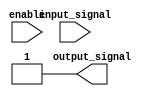
module push_pull_buffer (
    input enable,
    input input_signal,
    output reg output_signal
);

reg pull_up, pull_down;

always @ (enable, input_signal)
begin
    if (enable)
    begin
        pull_up = 1'b1;
        pull_down = 1'b0;
    end
    else
    begin
        pull_up = 1'b0;
        pull_down = 1'b1;
    end
end

assign output_signal = enable ? pull_up : pull_down;

endmodule